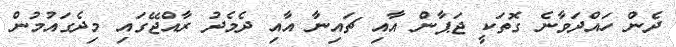
ދެން ހައްދަވާނެ ގޮތަކީ ޖަޕާން އާއި ޗައިނާ އާއި ދެމެދު ރާއްޖޭގައި މިދެގައުމުން